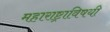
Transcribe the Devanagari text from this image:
महाराष्ट्राविषयी